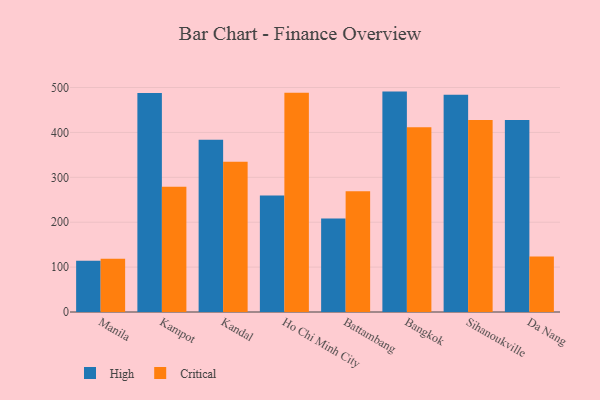
{"axis": {"x": "City", "y": "LTV (USD)"}, "legend": ["Critical", "High"], "data": [{"x": "Manila", "y": 114.0, "type": "High"}, {"x": "Manila", "y": 118.4, "type": "Critical"}, {"x": "Kampot", "y": 487.8, "type": "High"}, {"x": "Kampot", "y": 278.9, "type": "Critical"}, {"x": "Kandal", "y": 383.7, "type": "High"}, {"x": "Kandal", "y": 334.7, "type": "Critical"}, {"x": "Ho Chi Minh City", "y": 259.5, "type": "High"}, {"x": "Ho Chi Minh City", "y": 488.4, "type": "Critical"}, {"x": "Battambang", "y": 208.1, "type": "High"}, {"x": "Battambang", "y": 269.2, "type": "Critical"}, {"x": "Bangkok", "y": 490.9, "type": "High"}, {"x": "Bangkok", "y": 411.4, "type": "Critical"}, {"x": "Sihanoukville", "y": 483.8, "type": "High"}, {"x": "Sihanoukville", "y": 427.9, "type": "Critical"}, {"x": "Da Nang", "y": 427.6, "type": "High"}, {"x": "Da Nang", "y": 123.5, "type": "Critical"}]}